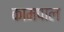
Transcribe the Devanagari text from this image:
कामपाल